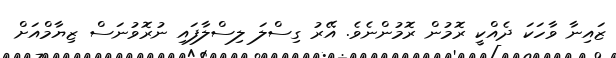
ޒައިނާ ވާހަކަ ދެއްކީ ރޮމުން ރޮމުންނެވެ. އޭރު ގިސްލަ ލިސްލާފައި ނުރޮވުނަސް ޒިޔާމްއަށް